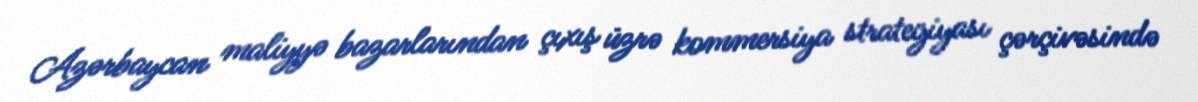
Azərbaycan maliyyə bazarlarından çıxış üzrə kommersiya strategiyası çərçivəsində